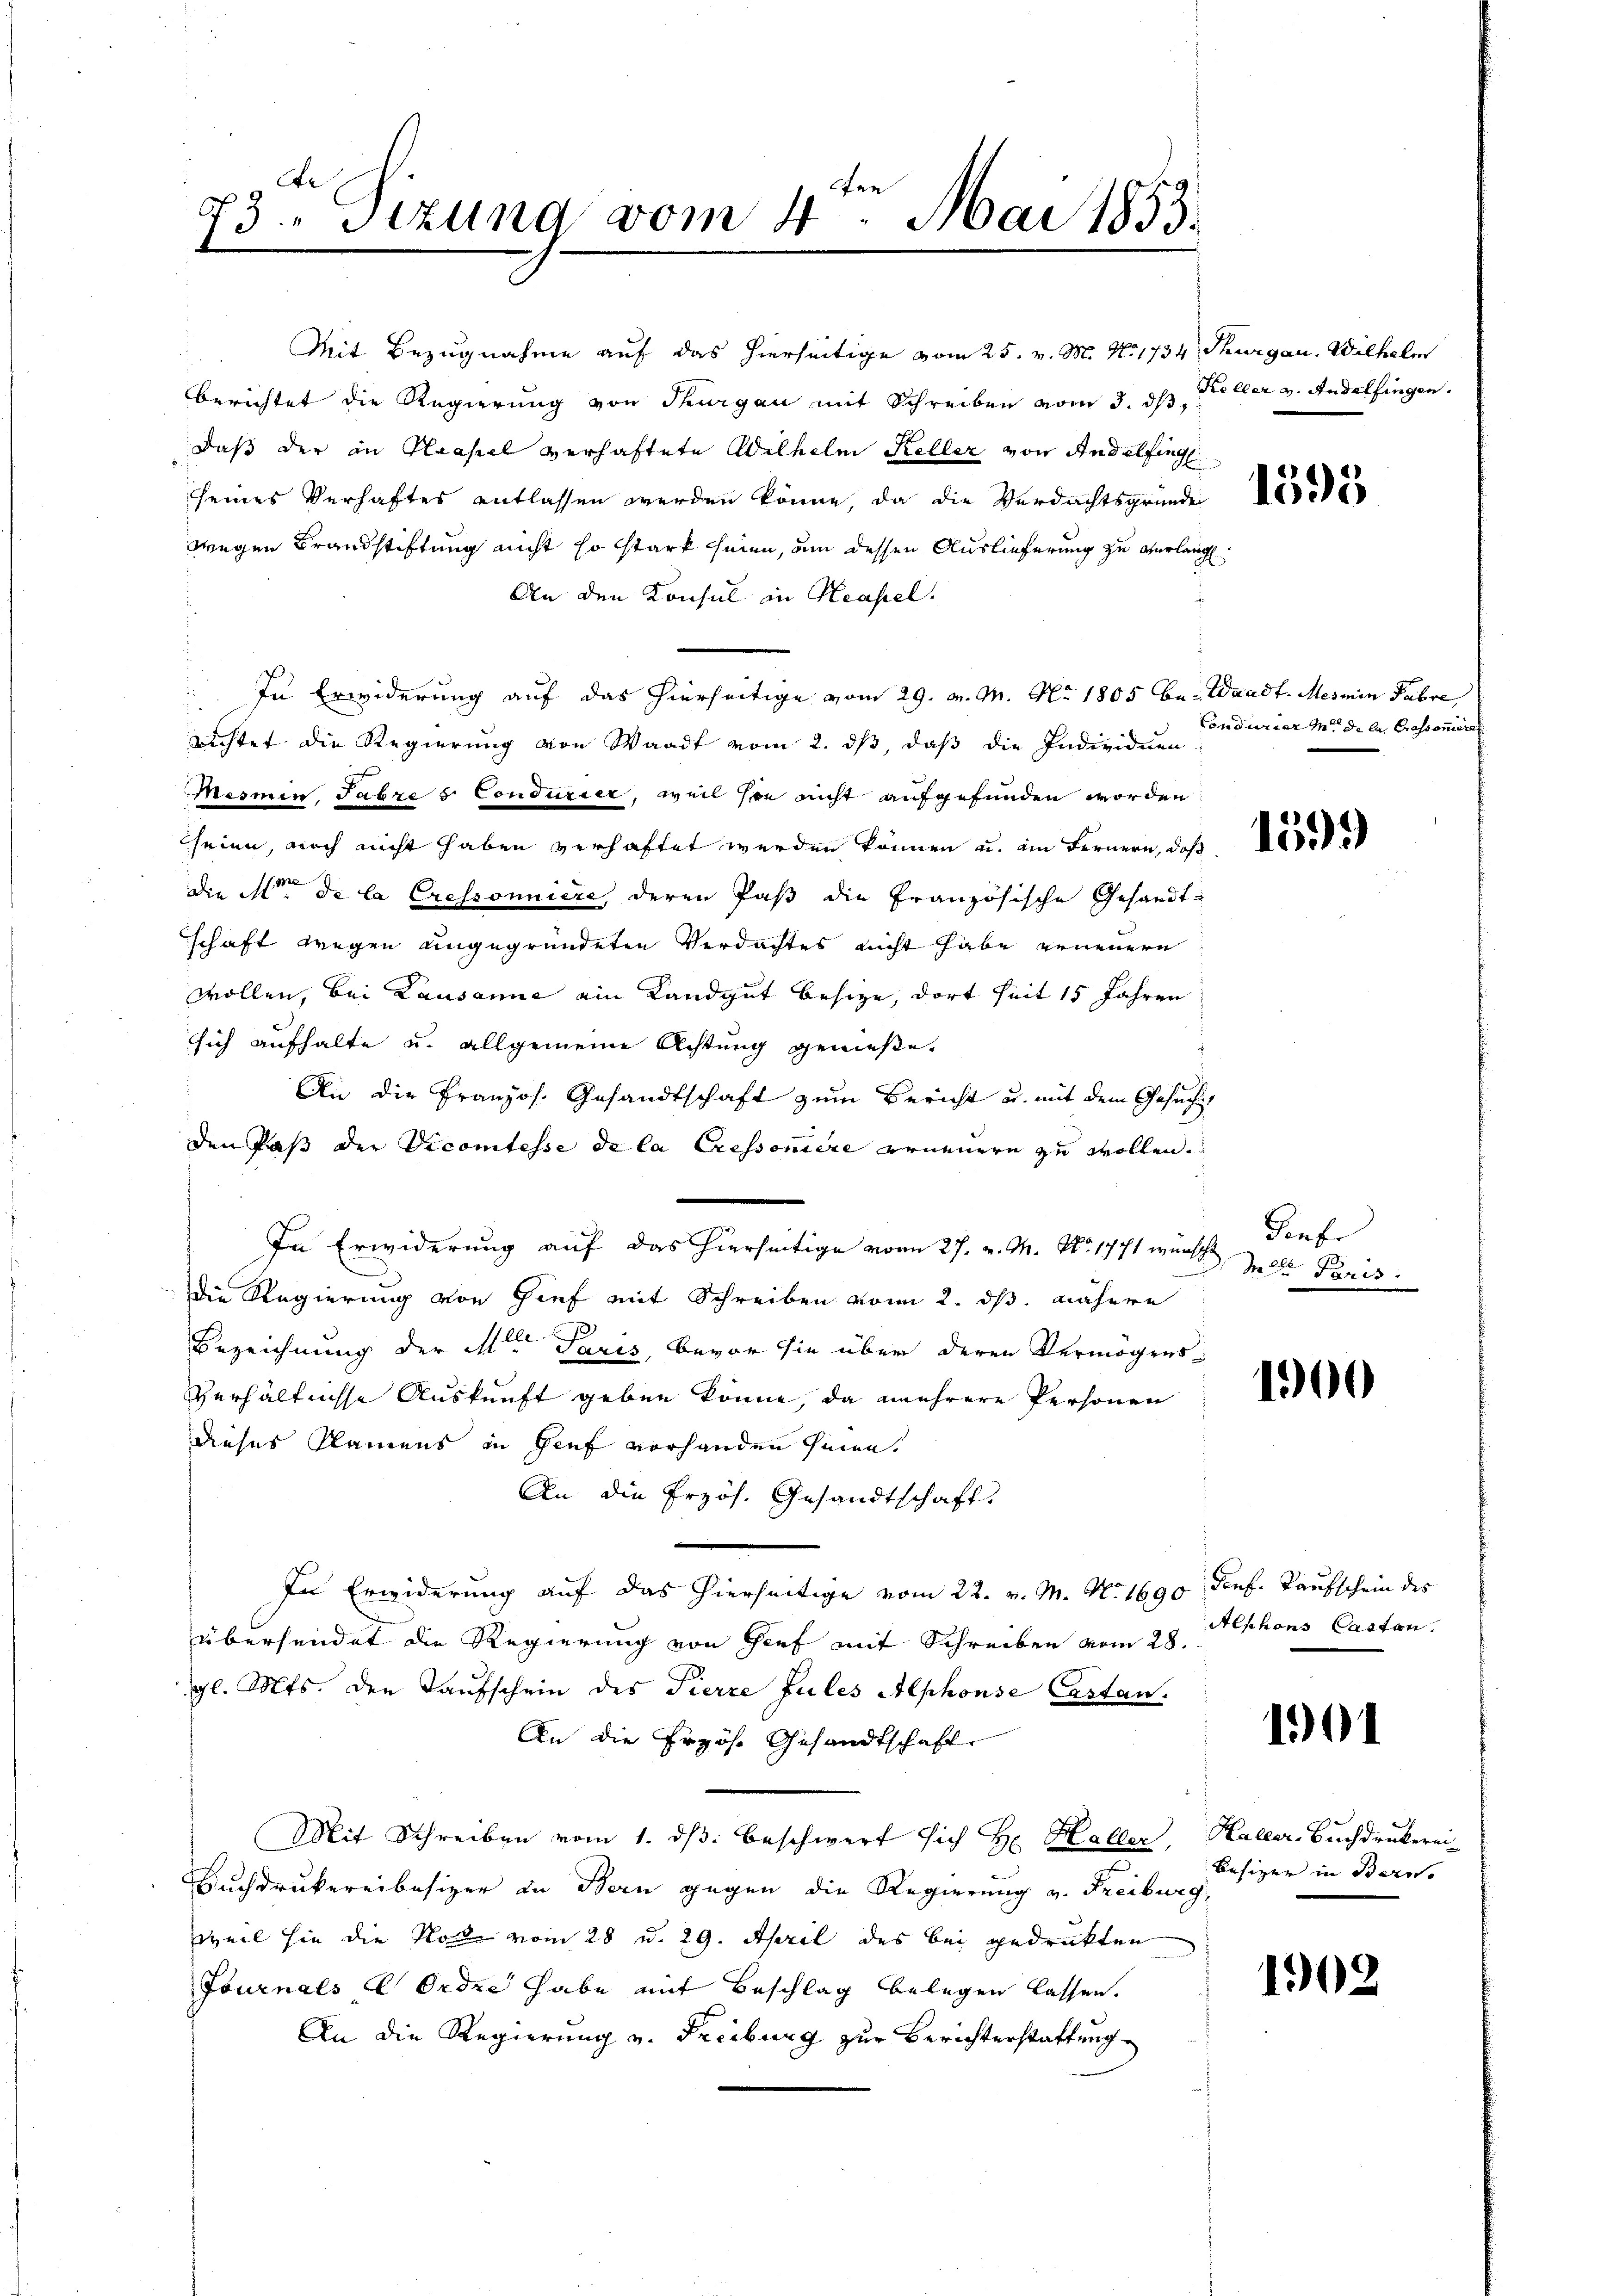
73. Sizung vom 4. Mai 1853.

Mit Bezugnahme auf das hierseitige vom 25. v. M. No. 1734, Thurgau. Wilhelm
berichtet die Regierung von Thurgau mit Schreiben vom 3. ds Keller v. Andelfingen.
daß der in Haasel verhaftete Wilhelm Keller von Andelfinge
seines Verhaftes entlassen werden könne, da die Verdachtsgründe
wegen Brandstiftung nicht so stark seien, um dessen Auslieferung zu verlangt.
An den Konsul in Neapel.
In Erwiderung auf das hierseitige vom 29. v. M. No. 1805 be- Waadt. Mesmin Fabre
richtet die Regierung von Waadt vom 2. ds, daß die Individuen
Mesnen Fabris Condurier, weil sie nicht aufgefunden worden.
heien, auch nicht haben verhaftet werden können u. am Fernern, daß
die No. de la Cressonniere, deren Paß die Französische Gesandtschaft wegen ungegründeten Verdachtes nicht habe erneuern
wollen, bei Lausanne ein Landgut besize, dort seit 15 Jahren
sich aufhalte u. allgemeine Achtung genieße,
An die Französ. Gesandtschaft zum Bericht u. mit dem Gesuch,
den Paß der Vicomtesse de la Cressoire erneuern zu wollen.
In Erwiderung auf das hierseitige vom 27. v. M. No. 1771 wünsche Zelle Paris
Die Regierung von Gief mit Schreiben vom 2. ds. nähere
Bezeichnung der M. Paris, bevor sie über deren Vermögens-
Verhältnisse Auskunft geben könne, da mehrere Personen
dieses Klamens in Genf vorhanden seien.
An die Erzös. Gesandtschaft
In Erwiderung auf das hierseitige vom 22. v. M. No 1690 Prof. Taufschein des
übersendet die Regierung von Gief mit Schreiben vom 28.
gl. Mts. den Taufschein des Fierze Zules Alphonse Castan
An die Erzös. Gesandtschaft.
Mit Schreiben vom 1. dβ beschwert sich H: Haller, Haller, Buchdrukerei
Buchdrukereibesizer in Bern gegen die Regierung v. Freiburg,
weil sie die Rolle vom 28 u. 29. April des bei gedrukten
Journals Ordre habe mit Beschlag belegen lassen.
An die Regierung v. Freiburg zur Berichterstattung

1595

Condurier in die la Grossoniere

159)

Genf

1900

Alphons Casten.

1901

Besizer in Bern.

1902